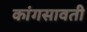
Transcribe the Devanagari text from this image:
कांगसावती